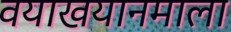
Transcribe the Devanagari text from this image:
वयाखयानमाला